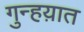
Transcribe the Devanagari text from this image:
गुन्हय़ात